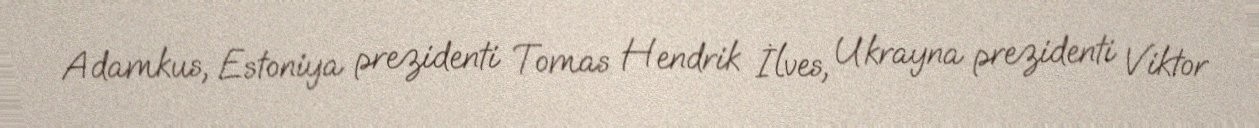
Adamkus, Estoniya prezidenti Tomas Hendrik İlves, Ukrayna prezidenti Viktor